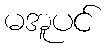
မအူပင်